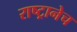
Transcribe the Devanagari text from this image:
राष्ट्रानेच